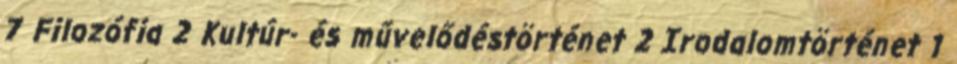
7 Filozófia 2 Kultúr- és művelődéstörténet 2 Irodalomtörténet 1